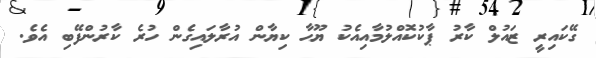
ގޭކައިރީ ޒައުލް ކާރު ޕާކުކޮއްލުމާއިއެކު ޔޫހާ ކިޔާން އުރާލައިގެން ހުރެ ކާރުންފޭބި އެވެ.